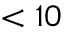
< 1 0